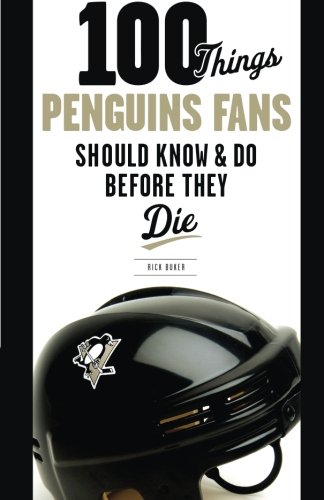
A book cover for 100 Things Penguins Fans Should Know & Do Before They Die (100 Things...Fans Should Know); Rick Buker; Travel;